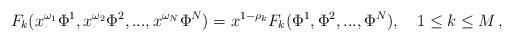
LaTeX: \begin{align*}F_{k}(x^{\omega_{1}}\Phi^{1},x^{\omega_{2}}\Phi^{2},...,x^{\omega_{N}}\Phi^{N})=x^{1-\rho_{k}}F_{k}(\Phi^{1},\Phi^{2},...,\Phi^{N}),\quad 1\le k \le M\,,\end{align*}